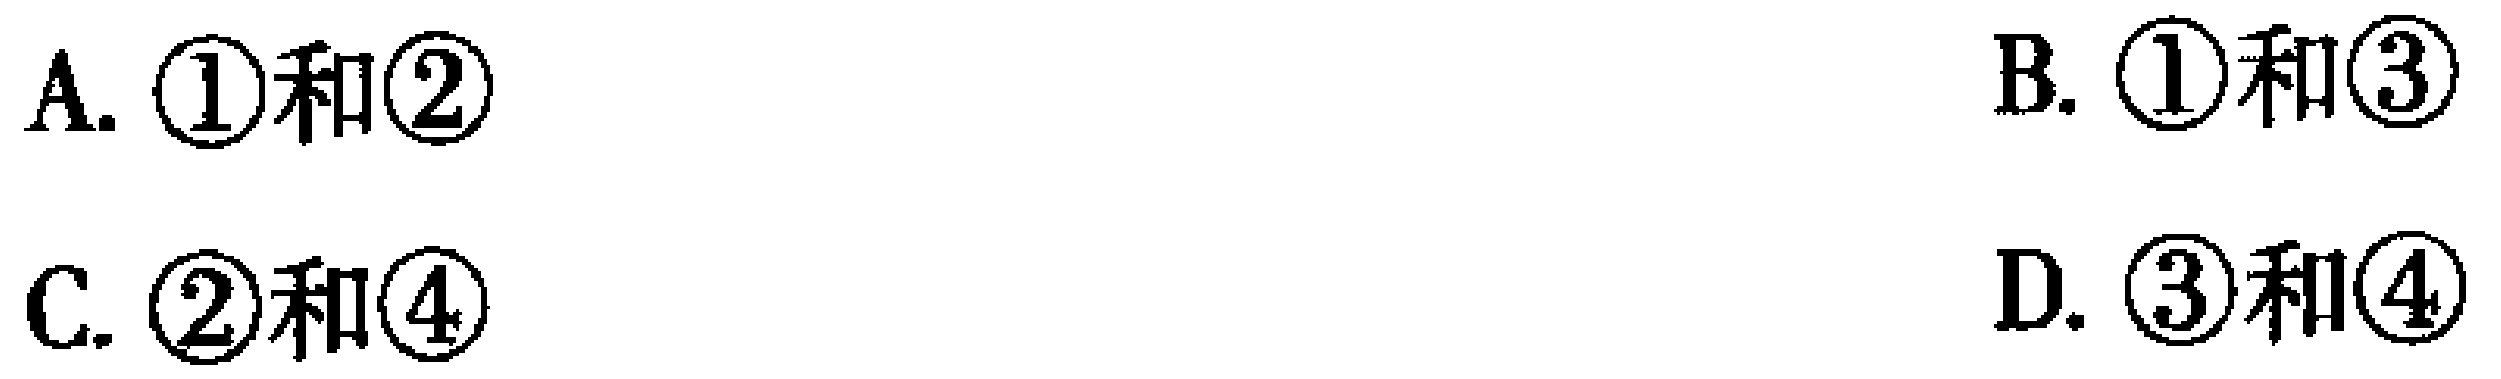
A. \(\textcircled{1}\)和\(\textcircled{2}\)
B. \(\textcircled{1}\)和\(\textcircled{3}\)
C. \(\textcircled{2}\)和\(\textcircled{4}\)
D. \(\textcircled{3}\)和\(\textcircled{4}\)